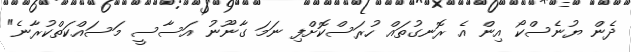
ދެން ޔުނެސްކޯ އިން އެ ރޮނގުތައް ހުރަސްކޮށްފި ނަމަ ގާނޫނު އަސާސީ މަސައްކަތްކުރާނެ"